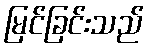
မြင်ခြင်းသည်